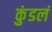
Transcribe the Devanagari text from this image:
कुंडलं